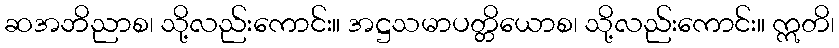
ဆအဘိညာစ၊ သို့လည်းကောင်း။ အဋ္ဌသမာပတ္တိယောစ၊ သို့လည်းကောင်း။ ဣတိ၊